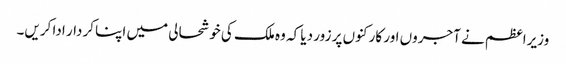
وزیراعظم نے آجروں اور کارکنوں پر زور دیا کہ وہ ملک کی خوشحالی میں اپنا کردار ادا کریں۔